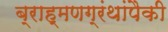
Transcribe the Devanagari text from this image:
ब्राह्मणग्रंथांपैकी